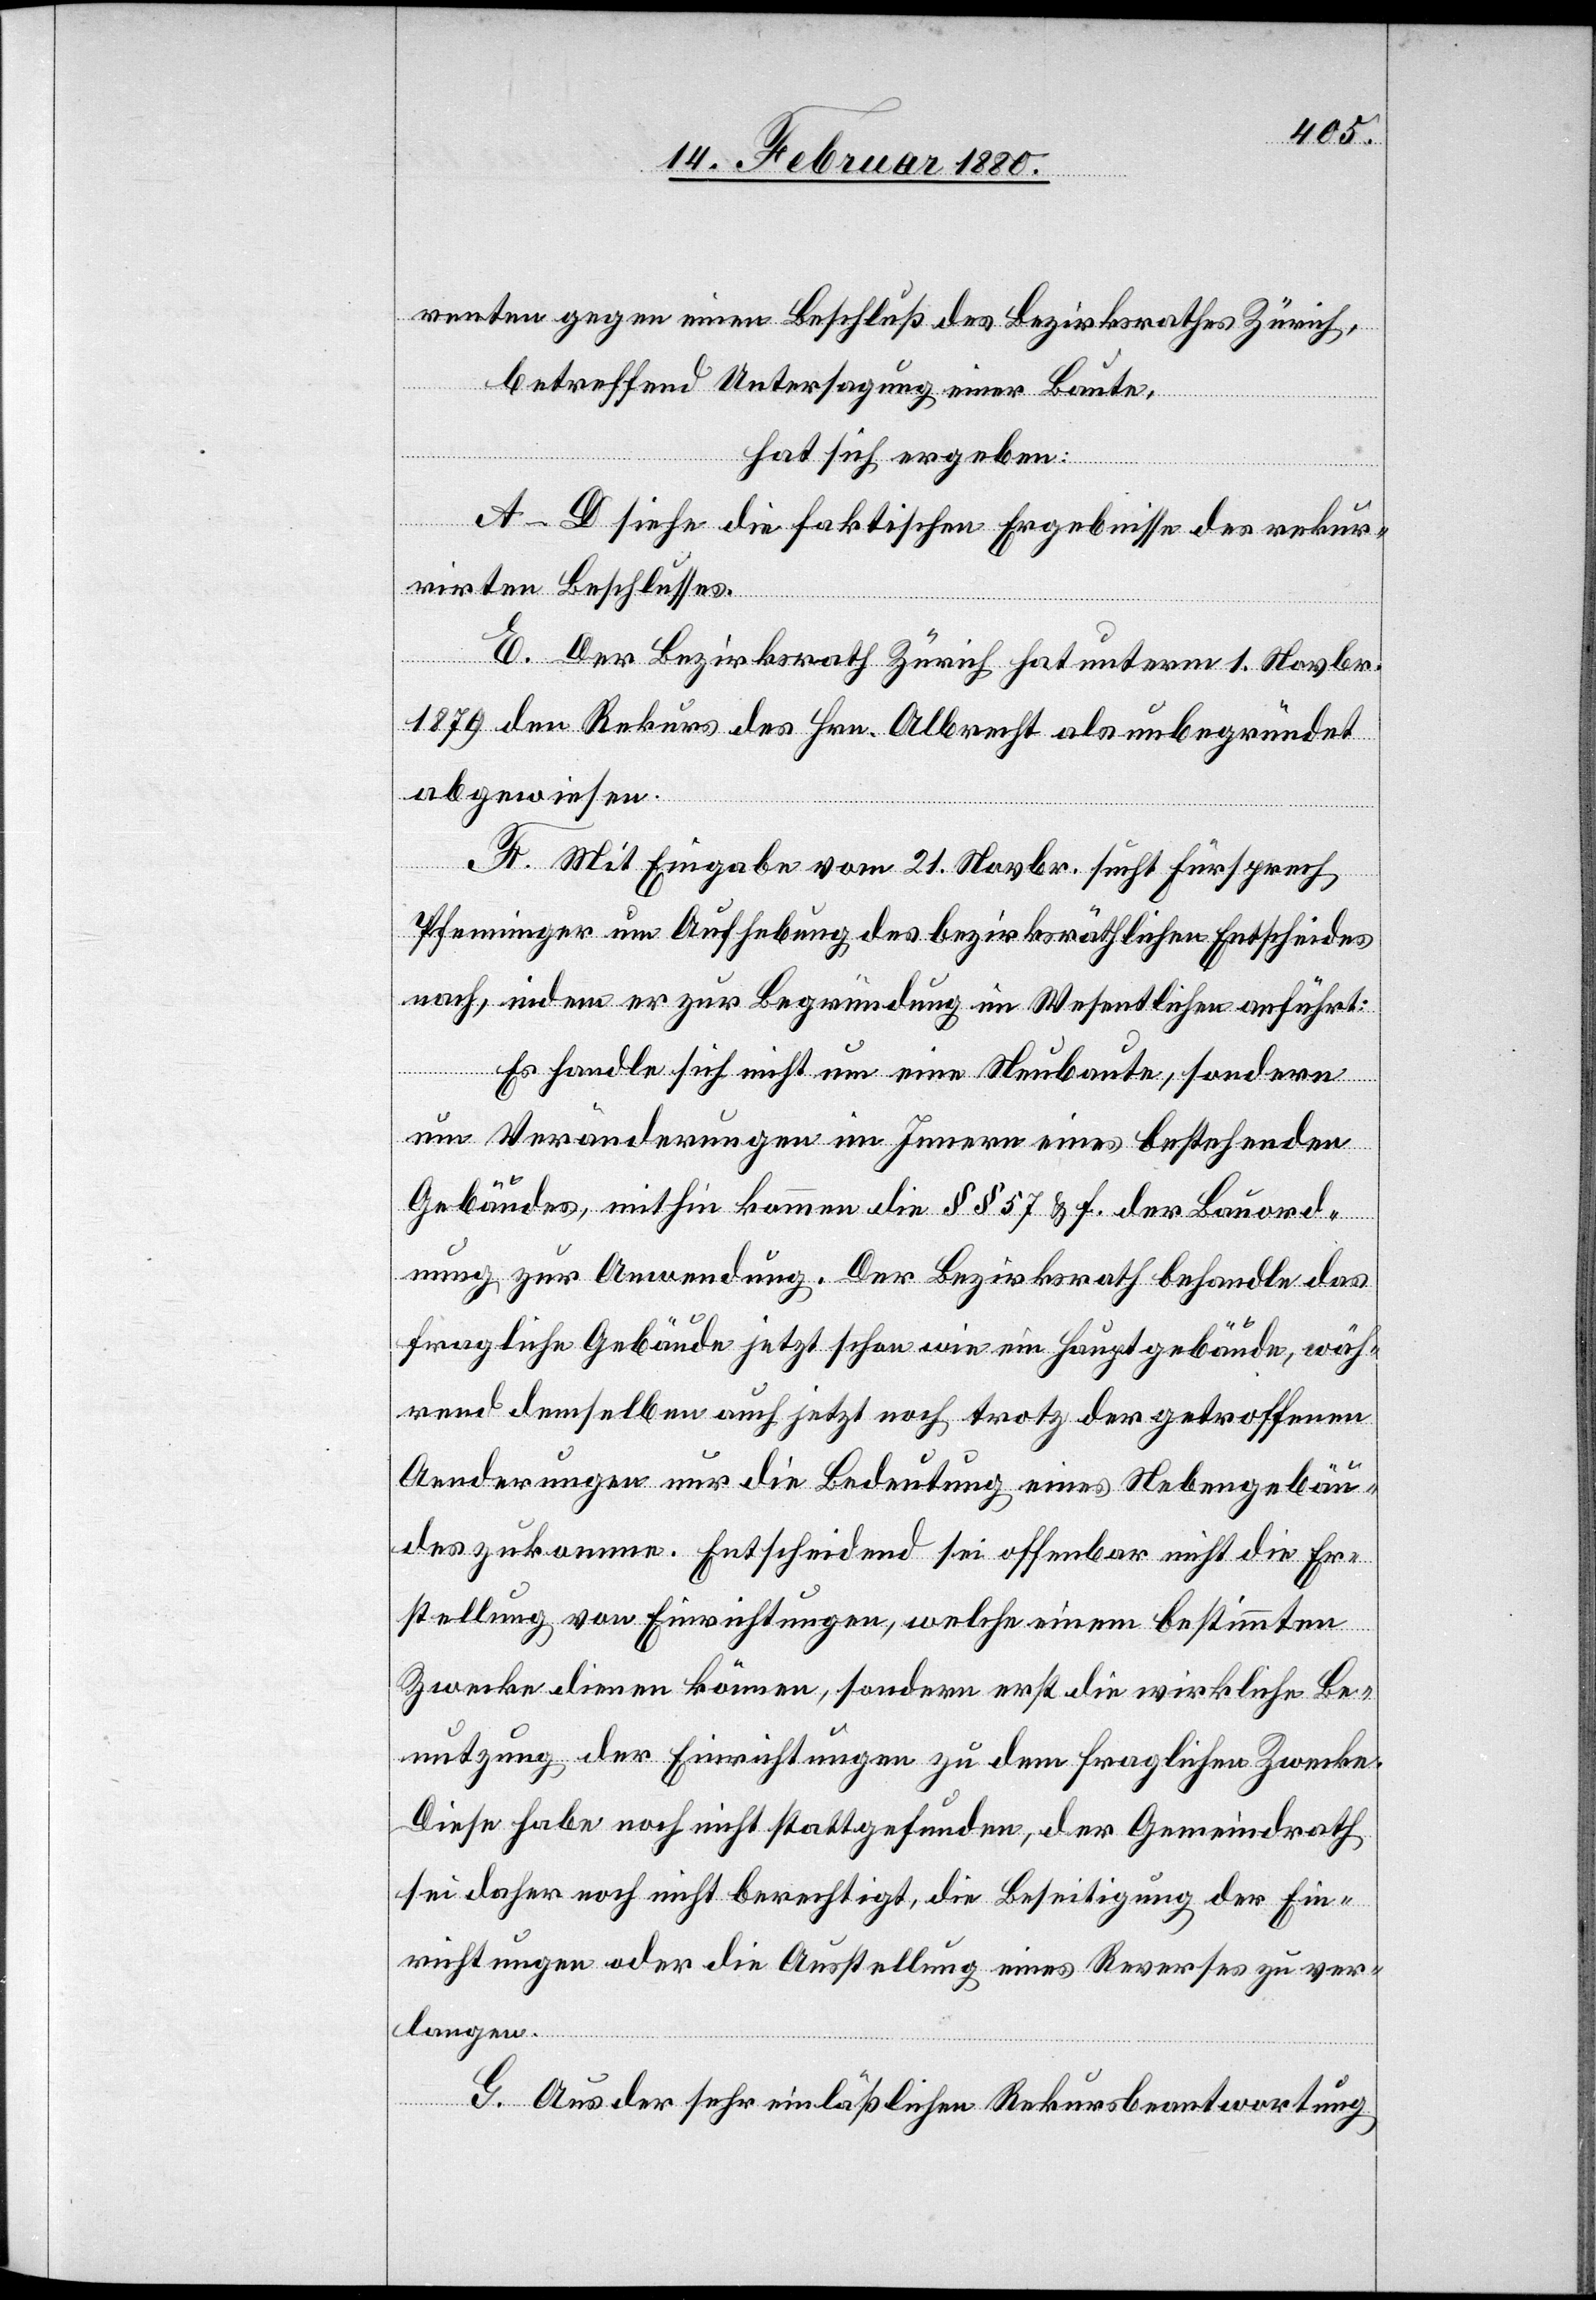
renten gegen einen Beschluß des Bezirksrathes Zürich,
betreffend Untersagung einer Baute,
hat sich ergeben:
A–D siehe die faktischen Ergebnisse des rekur¬
rirten Beschlusses.
E. Der Bezirksrath Zürich hat unterm 1. Novbr.
1879 den Rekurs des Hrn. Albrecht als unbegründet
abgewiesen.
F. Mit Eingabe vom 21. Novbr. sucht Fürsprech
Pfenninger um Aufhebung des bezirksräthlichen Entscheides
nach, indem er zur Begründung im Wesentlichen anführt:
Es handle sich nicht um eine Neubaute, sondern
um Veränderungen im Innern eines bestehenden
Gebäudes, mithin kommen die §§ 57 & f. der Bauord¬
nung zur Anwendung. Der Bezirksrath behandle das
fragliche Gebäude jetzt schon wie ein Hauptgebäude, wäh¬
rend demselben auch jetzt noch trotz der getroffenen
Aenderungen nur die Bedeutung eines Nebengebäu¬
des zukomme. Entscheidend sei offenbar nicht die Er¬
stellung von Einrichtungen, welche einem bestimmten
Zwecke dienen können, sondern erst die wirkliche Be¬
nutzung der Einrichtungen zu dem fraglichen Zwecke.
Diese habe noch nicht stattgefunden, der Gemeindrath
sei daher noch nicht berechtigt, die Beseitigung der Ein¬
richtungen oder die Ausstellung eines Reverses zu ver¬
langen.
G. Aus der sehr einläßlichen Rekursbeantwortung